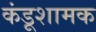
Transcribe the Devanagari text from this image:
कंडूशामक